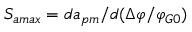
S _ { a m a x } = d { a _ { p m } } / d ( \Delta \varphi / { \varphi _ { G 0 } } )